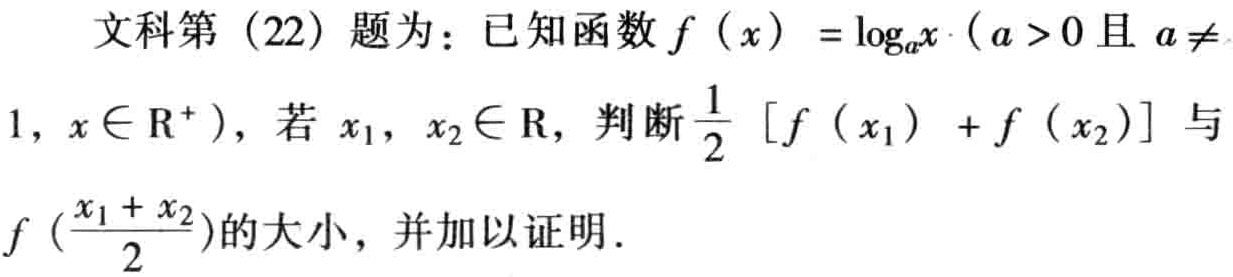
文科第（22）题为：已知函数\(f(x)=\log_{a}x\)（\(a > 0\)且\(a\neq1\)，\(x\in \mathrm{R}^{+}\)），若\(x_{1}\)，\(x_{2}\in \mathrm{R}\)，判断\(\frac{1}{2}[f(x_{1}) + f(x_{2})]\)与\(f(\frac{x_{1} + x_{2}}{2})\)的大小，并加以证明。